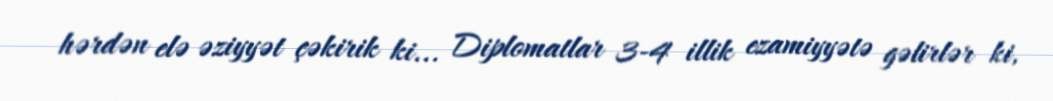
hərdən elə əziyyət çəkirik ki... Diplomatlar 3-4 illik ezamiyyətə gəlirlər ki,